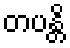
တပန္တိ